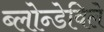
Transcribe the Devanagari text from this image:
ब्लोन्डेविले